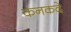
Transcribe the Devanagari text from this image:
कनकदे